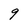
Character: g